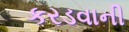
કરડવાની